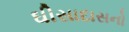
ઘીસાદાસનો